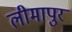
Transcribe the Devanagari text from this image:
लीमापुर